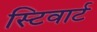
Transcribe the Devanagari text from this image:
स्टिवार्ट